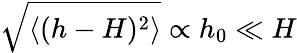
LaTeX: \sqrt{\langle(h-H)^{2}\rangle}\propto h_{0}\ll H